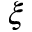
\xi